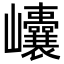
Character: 𡿝